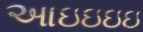
આઇઇઇઇ